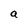
Character: a